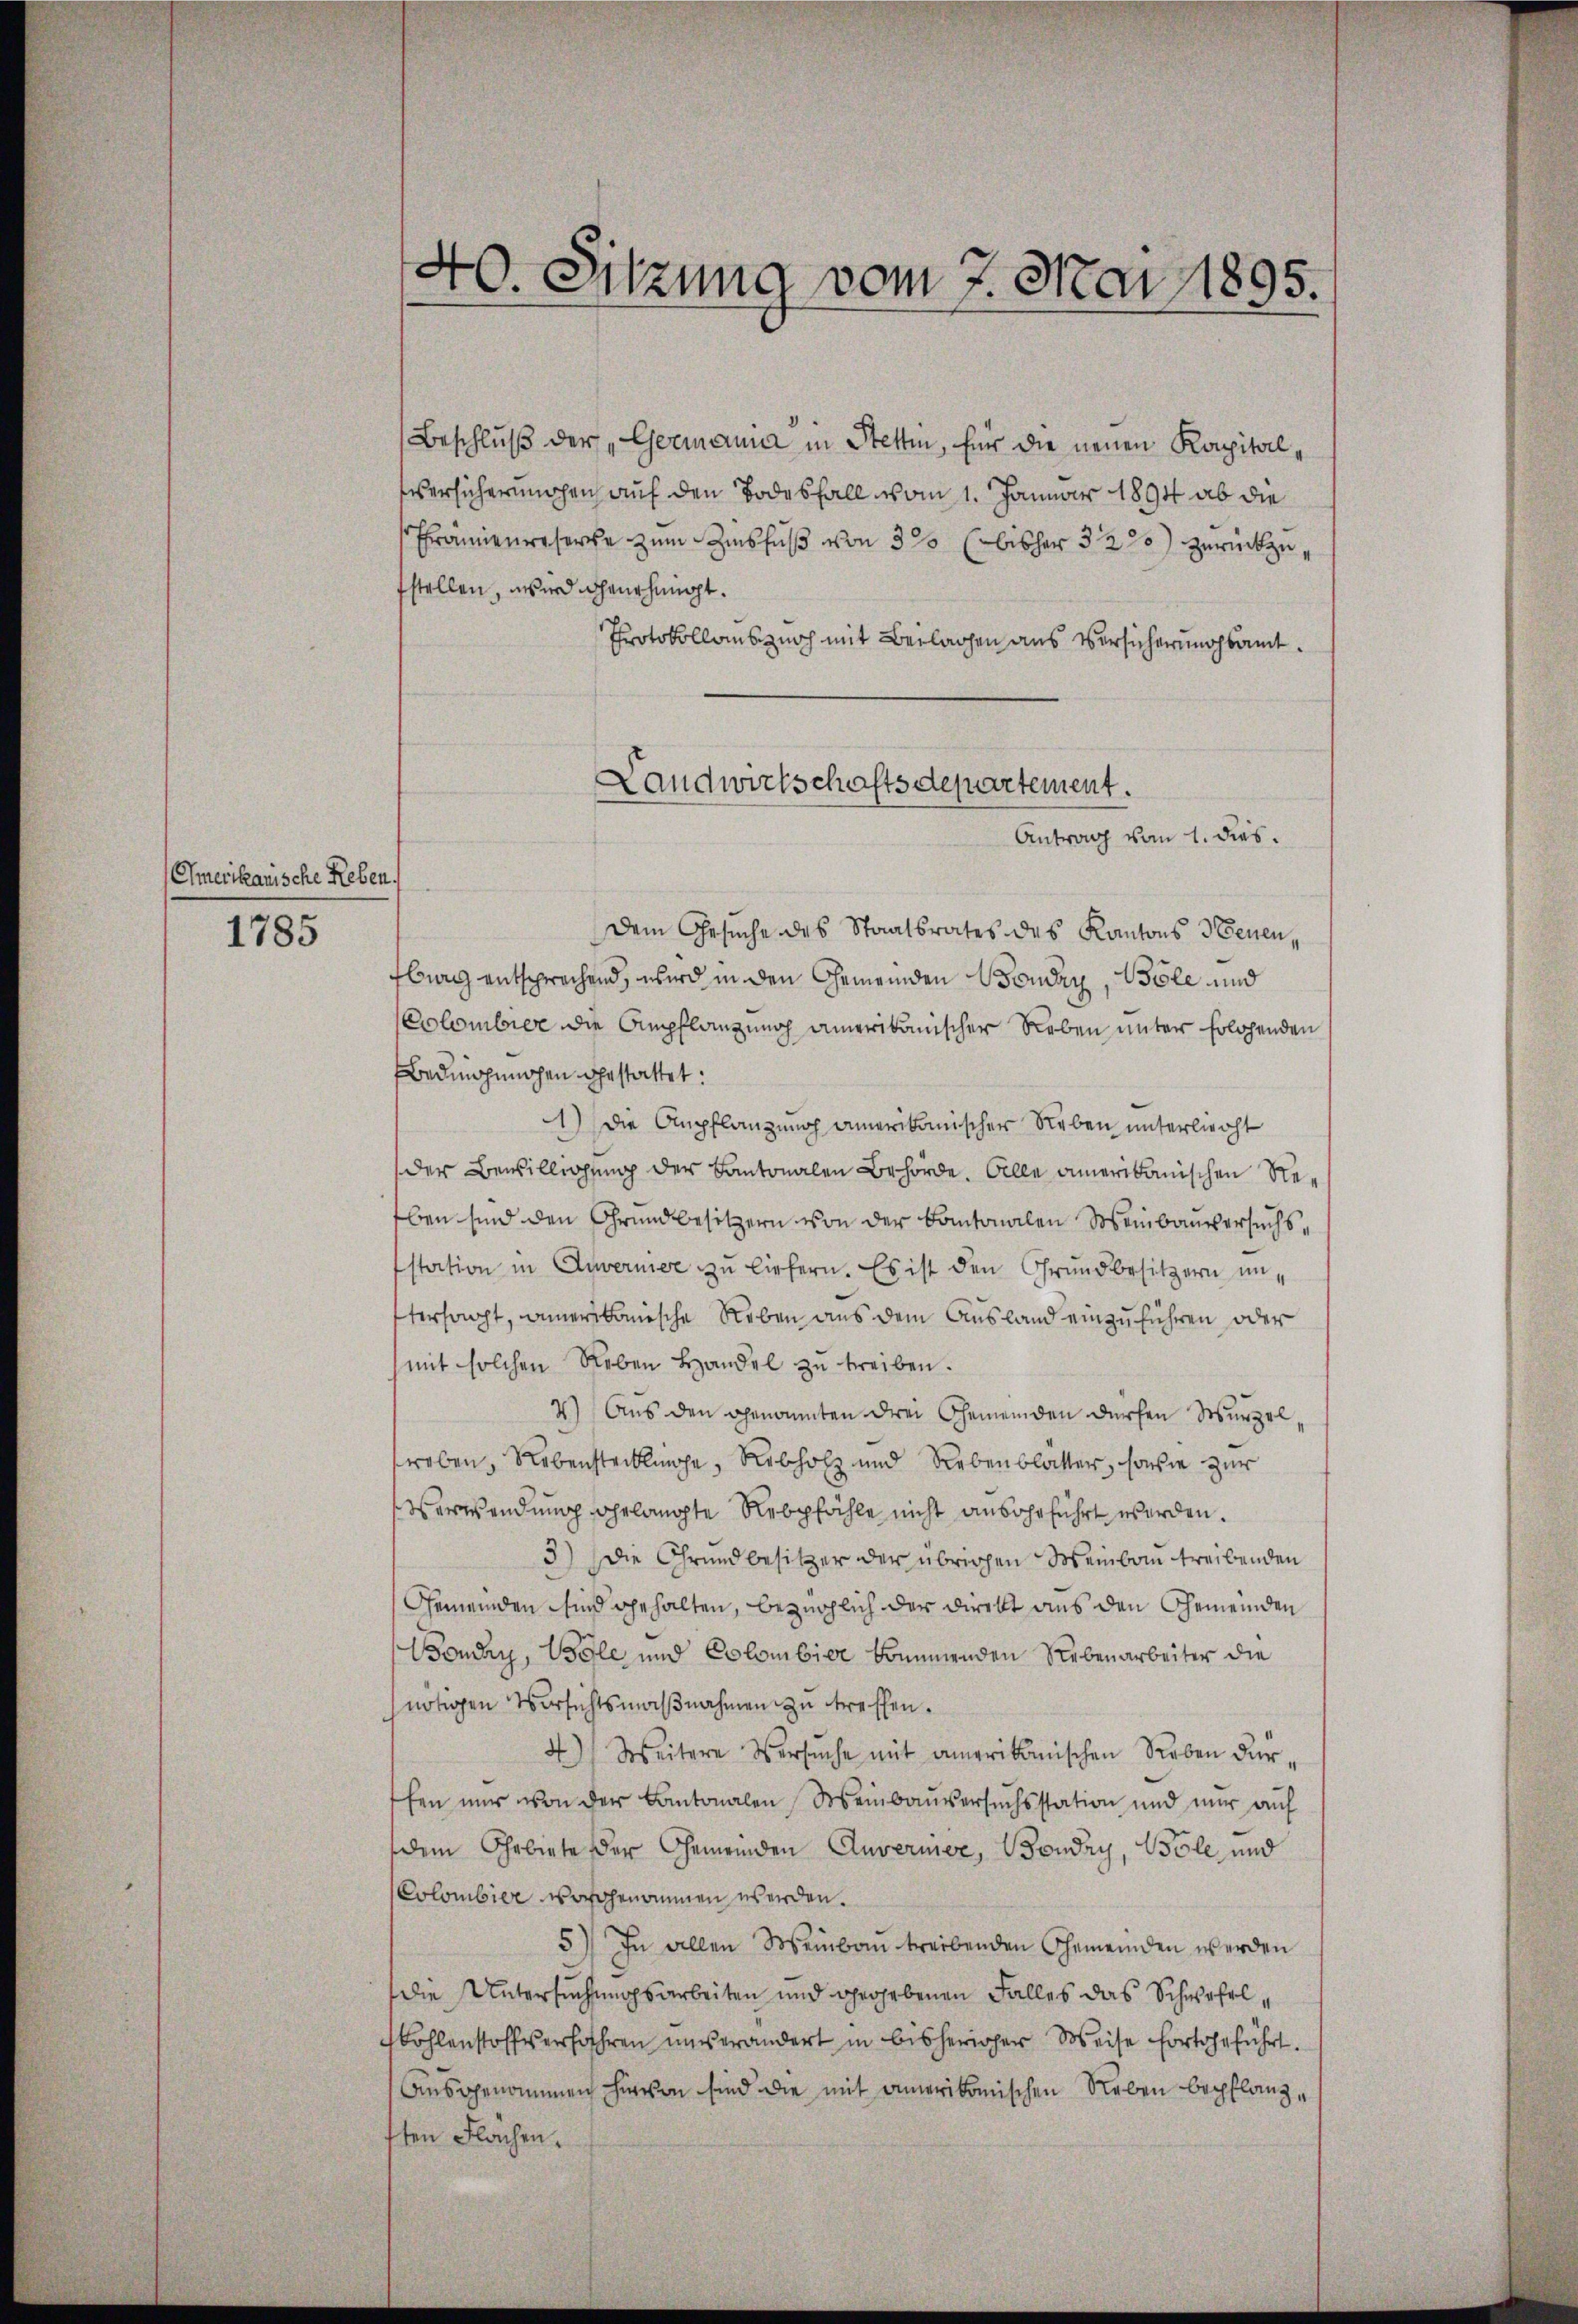
(Chmerikanische Reben.

1785

40. Sitzung vom 7. Mai 1895.

Beschluß der „Germann in Stettin, für die neuen Kapitalersichermachen auf den Todesfall vom 1. Januar 1894 ab die
Prämienweserche zum Zinsfuß von 3% (bisher 32 2) zurückzufstellen, wird genehmigt.
Protokollauszurch mit Beilagen aus Versicherungsamt.
Dem Gesuche des Staatsrates des Kantons denen,
burg entsprechend, wird in den Gemeinden Bonay, Bole und
Colombier die Ampflanzung amerikanischer Reben unter Erlösenden
Bedingungen gestattet:
1) Die Anpflanzung amerikanischer Neben unterlicht
der Bewilligung der Kantonalen Behörde. Alle amerikanischen Reeben sind den Grundbesitzern von der Kantonalen Weinbauversuchsstation in Anverner zu liefern. Es ist den Grundbesitzern untersagt, amerikanische Reben aus dem Ausland einzuführen, oder
mit solchen Leben Handel zŭ treiben.
2) Aus den genannten drei Gemeinden dürfen Wurzel,
reben, Nebenstecklinge, Rebholz und Nebenblatter, sowie zur
Verwendung gelangte Rebpfähle nicht ausgeführt werden.
3) Die Grundbesitzer der übrigen Weinbau treibenden
Gemeinden sind gehalten, bezüglich der Direkt aus den Gemeinden
Bonay, Bogle und Colombier binnenden Rebenarbeiter die
nötigen Versichtsmaβnahmen zu treffen.
4) Weitere Versuche mit amerikanischen Reben dürfen nur von der Kantonalen Meinbauversuchsstation und nur auf
dem Ohrbiete der Gemeinden Anverner, Boudry, Bole, und
Colombier vorgenommen werden.
5) In allen Weinbau treibenden Gemeinden werden
Die Untersuchungsarbeiten und gegebenen Falles das Schwehrlohlenstoffverfahren unverändert in bisheriger Weise fortgeführt.
Ausgenommen hievon sind die mit amerikomischen Neben bepflanzsten Flächen.

Landwirtschaftsdepartement.
Antrag vom 1. dies